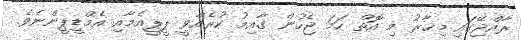
ރާއްޖޭގައި މިހާރު މި އޮތް ހަމަ ޖެހުން ގާއިމު ކުރެއްވީ ޕީޕީއެމާއި އެމްޑީޕީންނެވެ.